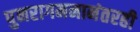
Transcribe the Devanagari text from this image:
पुनरागमनानंतरही